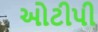
ઓટીપી